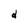
Character: d